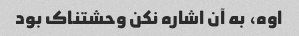
اوه، به آن اشاره نکن وحشتناک بود